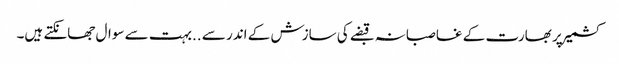
کشمیر پر بھارت کے غاصبانہ قبضے کی سازش کے اندر سے ..بہت سے سوال جھانکتے ہیں۔